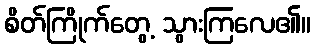
စိတ်ကြိုက်တွေ့ သွားကြလေ၏။